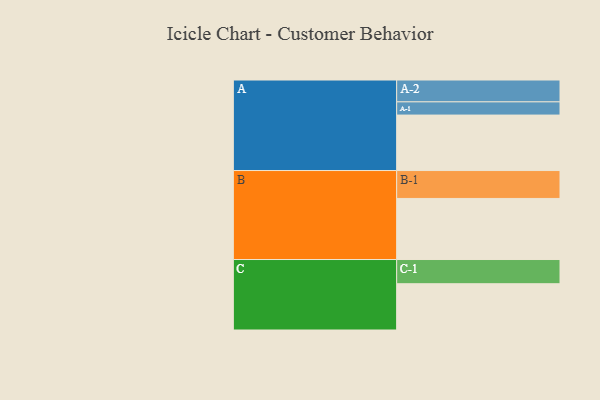
{"axis": {"x": "Segment", "y": "Value"}, "legend": ["", "A", "B", "C"], "data": [{"x": "A", "y": 495, "type": ""}, {"x": "B", "y": 545, "type": ""}, {"x": "C", "y": 413, "type": ""}, {"x": "A-1", "y": 118, "type": "A"}, {"x": "A-2", "y": 195, "type": "A"}, {"x": "B-1", "y": 249, "type": "B"}, {"x": "C-1", "y": 216, "type": "C"}]}